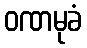
ဝဏမုခံ